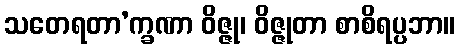
သတေရတာ’က္ခဏာ ဝိဇ္ဇု၊ ဝိဇ္ဇုတာ စာစိရပ္ပဘာ။